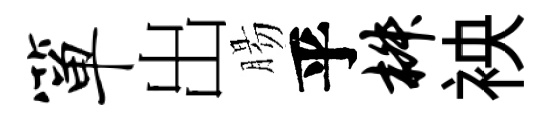
箪出腸乎椒䘧